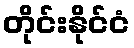
တိုင်းနိုင်ငံ